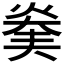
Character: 𤊖